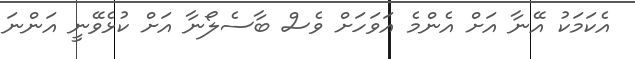
އެކަމަކު އޭނާ އަށް އެންމެ އަވަހަށް ވެސް ބާސެލޯނާ އަށް ކުޅެވޭނީ އަންނަ